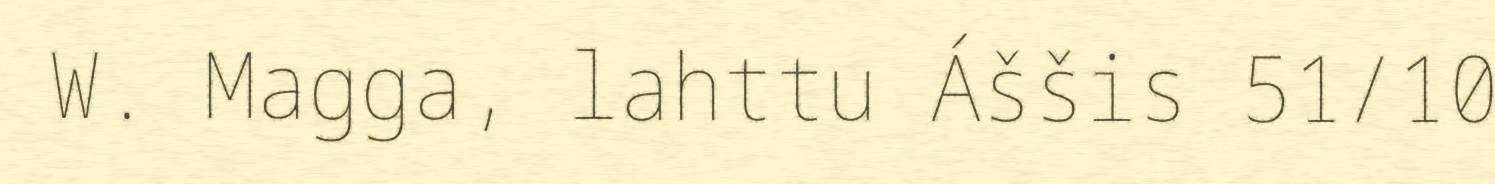
W. Magga, lahttu Áššis 51/10